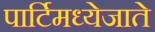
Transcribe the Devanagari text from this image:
पार्टिमध्येजाते